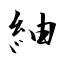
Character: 紬